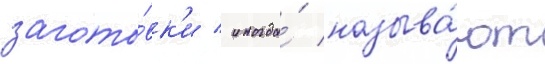
загото́вк'и / иногда́ называ́ют